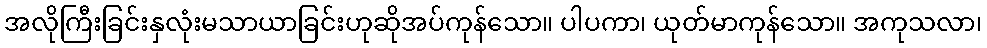
အလိုကြီးခြင်းနှလုံးမသာယာခြင်းဟုဆိုအပ်ကုန်သော။ ပါပကာ၊ ယုတ်မာကုန်သော။ အကုသလာ၊